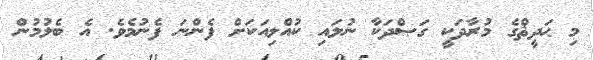
މި ޙަދީޘްގެ މުރާދަކީ ގަޞްދަކާ ނުލައި ކުއްލިއަކަށް ފެންނަ ފެނުމެވެ. އެ ބެލުމުން